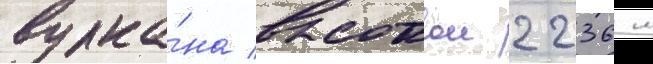
вулка́на высотои 2236 м